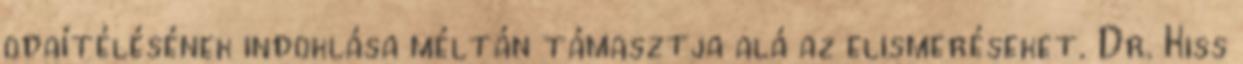
odaítélésének indoklása méltán támasztja alá az elismeréseket. Dr. Kiss